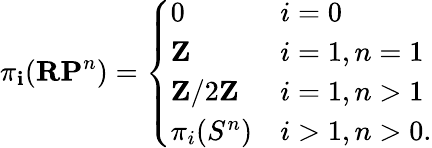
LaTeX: \pi_{\mathbf{i}}(\mathbf{{RP}}^{n})={\left\{ \begin{array}{ll}{0}&{i=0}\\ {\mathbf{Z}}&{i=1,n=1}\\ {\mathbf{Z}/2\mathbf{Z}}&{i=1,n>1}\\ {\pi_{i}(S^{n})}&{i>1,n>0.}\end{array}\right.}